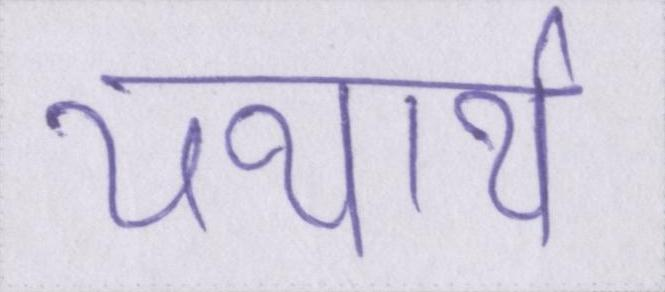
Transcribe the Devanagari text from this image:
यथार्थ